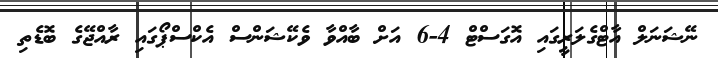
ނޭޝަނަލް އާޓްގެލަރީގައި އޮގަސްޓް 4-6 އަށް ބާއްވާ ވެކޭޝަންސް އެކްސްޕޯގައި ރާއްޖޭގެ ބޮޑެތި